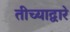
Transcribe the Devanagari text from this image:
तीच्याद्वारे